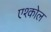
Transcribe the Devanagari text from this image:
एश्कोल